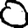
Digit: 0